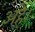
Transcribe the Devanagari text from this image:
अहे।